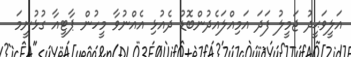
އަލީވަޙީދު ޖަމީލު ފަދަ އަމިއްލައެދުންބޮޑު ދެއުޅި އެއްނުވާ މީހުން ޕާޓީއާ ގުޅުނީމަ